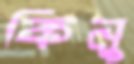
কিনু